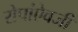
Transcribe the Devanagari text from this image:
रोपांएेवजी